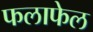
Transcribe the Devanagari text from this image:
फलाफेल